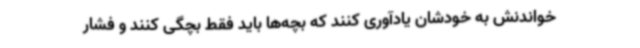
خواندنش به خودشان یادآوری کنند که بچه‌ها باید فقط بچگی کنند و فشار